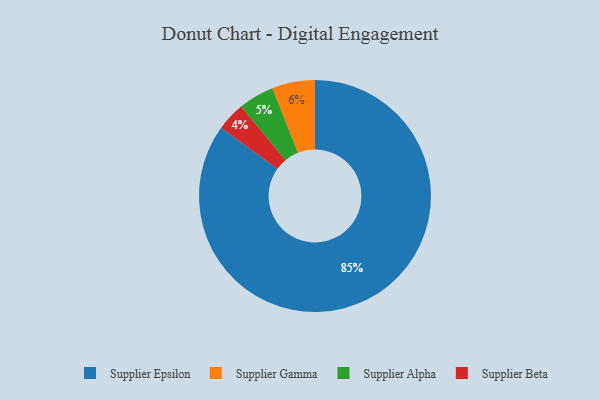
{"axis": {"x": "Category", "y": "Percentage"}, "legend": ["Supplier Alpha", "Supplier Beta", "Supplier Epsilon", "Supplier Gamma"], "data": [{"x": "Supplier Gamma", "y": 6, "type": "Supplier Gamma"}, {"x": "Supplier Epsilon", "y": 85, "type": "Supplier Epsilon"}, {"x": "Supplier Beta", "y": 4, "type": "Supplier Beta"}, {"x": "Supplier Alpha", "y": 5, "type": "Supplier Alpha"}]}